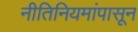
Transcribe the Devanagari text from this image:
नीतिनियमांपासून